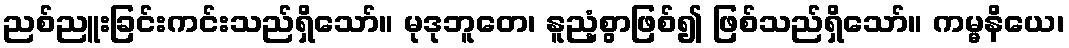
ညစ်ညူးခြင်းကင်းသည်ရှိသော်။ မုဒုဘူတေ၊ နူညံ့စွာဖြစ်၍ ဖြစ်သည်ရှိသော်။ ကမ္မနိယေ၊